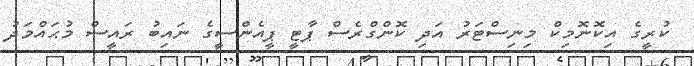
ކުރީގެ އިކޮނޮމިކް މިނިސްޓަރު އަދި ކޮންގްރެސް ޕާޓީ ޕީއެންސީގެ ނައިބު ރައީސް މުޙައްމަދު